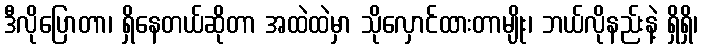
ဒီလိုပြောတာ၊ ရှိနေတယ်ဆိုတာ အထဲထဲမှာ သိုလှောင်ထားတာမျိုး၊ ဘယ်လိုနည်းနဲ့ ရှိရှိ၊